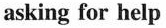
asking for help